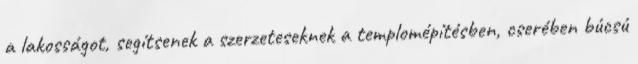
a lakosságot, segítsenek a szerzeteseknek a templomépítésben, cserében búcsú